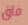
فاق